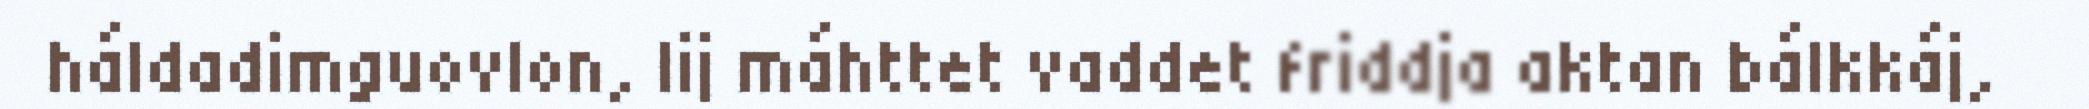
háldadimguovlon, lij máhttet vaddet friddja aktan bálkkáj,